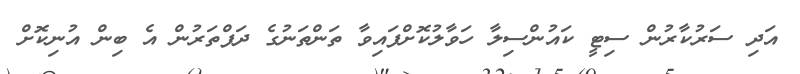
އަދި ސަރުކާރުން ސިޓީ ކައުންސިލާ ހަވާލުކޮށްފައިވާ ތަންތަނުގެ ދަފްތަރުން އެ ބިން އުނިކޮށް